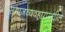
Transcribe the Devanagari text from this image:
समाजव्यवहारामधील